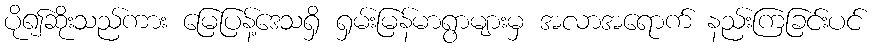
ပို၍ဆိုးသည်ကား မြေပြန့်ဒေသရှိ ရှမ်းမြန်မာရွာများမှ အလာအရောက် နည်းကြခြင်းပင်